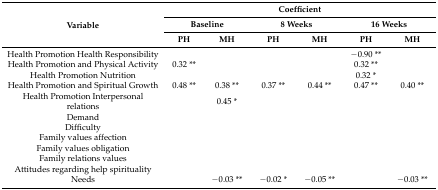
<table><thead><tr><td rowspan="3"><b>Variable</b></td><td colspan="6"><b>Coefficient</b></td></tr><tr><td colspan="2"><b>Baseline</b></td><td colspan="2"><b>8 Weeks</b></td><td colspan="2"><b>16 Weeks</b></td></tr><tr><td><b>PH</b></td><td><b>MH</b></td><td><b>PH</b></td><td><b>MH</b></td><td><b>PH</b></td><td><b>MH</b></td></tr></thead><tbody><tr><td>Health Promotion Health Responsibility</td><td></td><td></td><td></td><td></td><td>−0.90 **</td><td></td></tr><tr><td>Health Promotion and Physical Activity</td><td>0.32 **</td><td></td><td></td><td></td><td>0.32 **</td><td></td></tr><tr><td>Health Promotion Nutrition</td><td></td><td></td><td></td><td></td><td>0.32 *</td><td></td></tr><tr><td>Health Promotion and Spiritual Growth</td><td>0.48 **</td><td>0.38 **</td><td>0.37 **</td><td>0.44 **</td><td>0.47 **</td><td>0.40 **</td></tr><tr><td>Health Promotion Interpersonal relations</td><td></td><td>0.45 *</td><td></td><td></td><td></td><td></td></tr><tr><td>Demand</td><td></td><td></td><td></td><td></td><td></td><td></td></tr><tr><td>Difficulty</td><td></td><td></td><td></td><td></td><td></td><td></td></tr><tr><td>Family values affection</td><td></td><td></td><td></td><td></td><td></td><td></td></tr><tr><td>Family values obligation</td><td></td><td></td><td></td><td></td><td></td><td></td></tr><tr><td>Family relations values</td><td></td><td></td><td></td><td></td><td></td><td></td></tr><tr><td>Attitudes regarding help spirituality</td><td></td><td></td><td></td><td></td><td></td><td></td></tr><tr><td>Needs</td><td></td><td>−0.03 **</td><td>−0.02 *</td><td>−0.05 **</td><td></td><td>−0.03 **</td></tr></tbody></table>